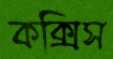
কক্সিস